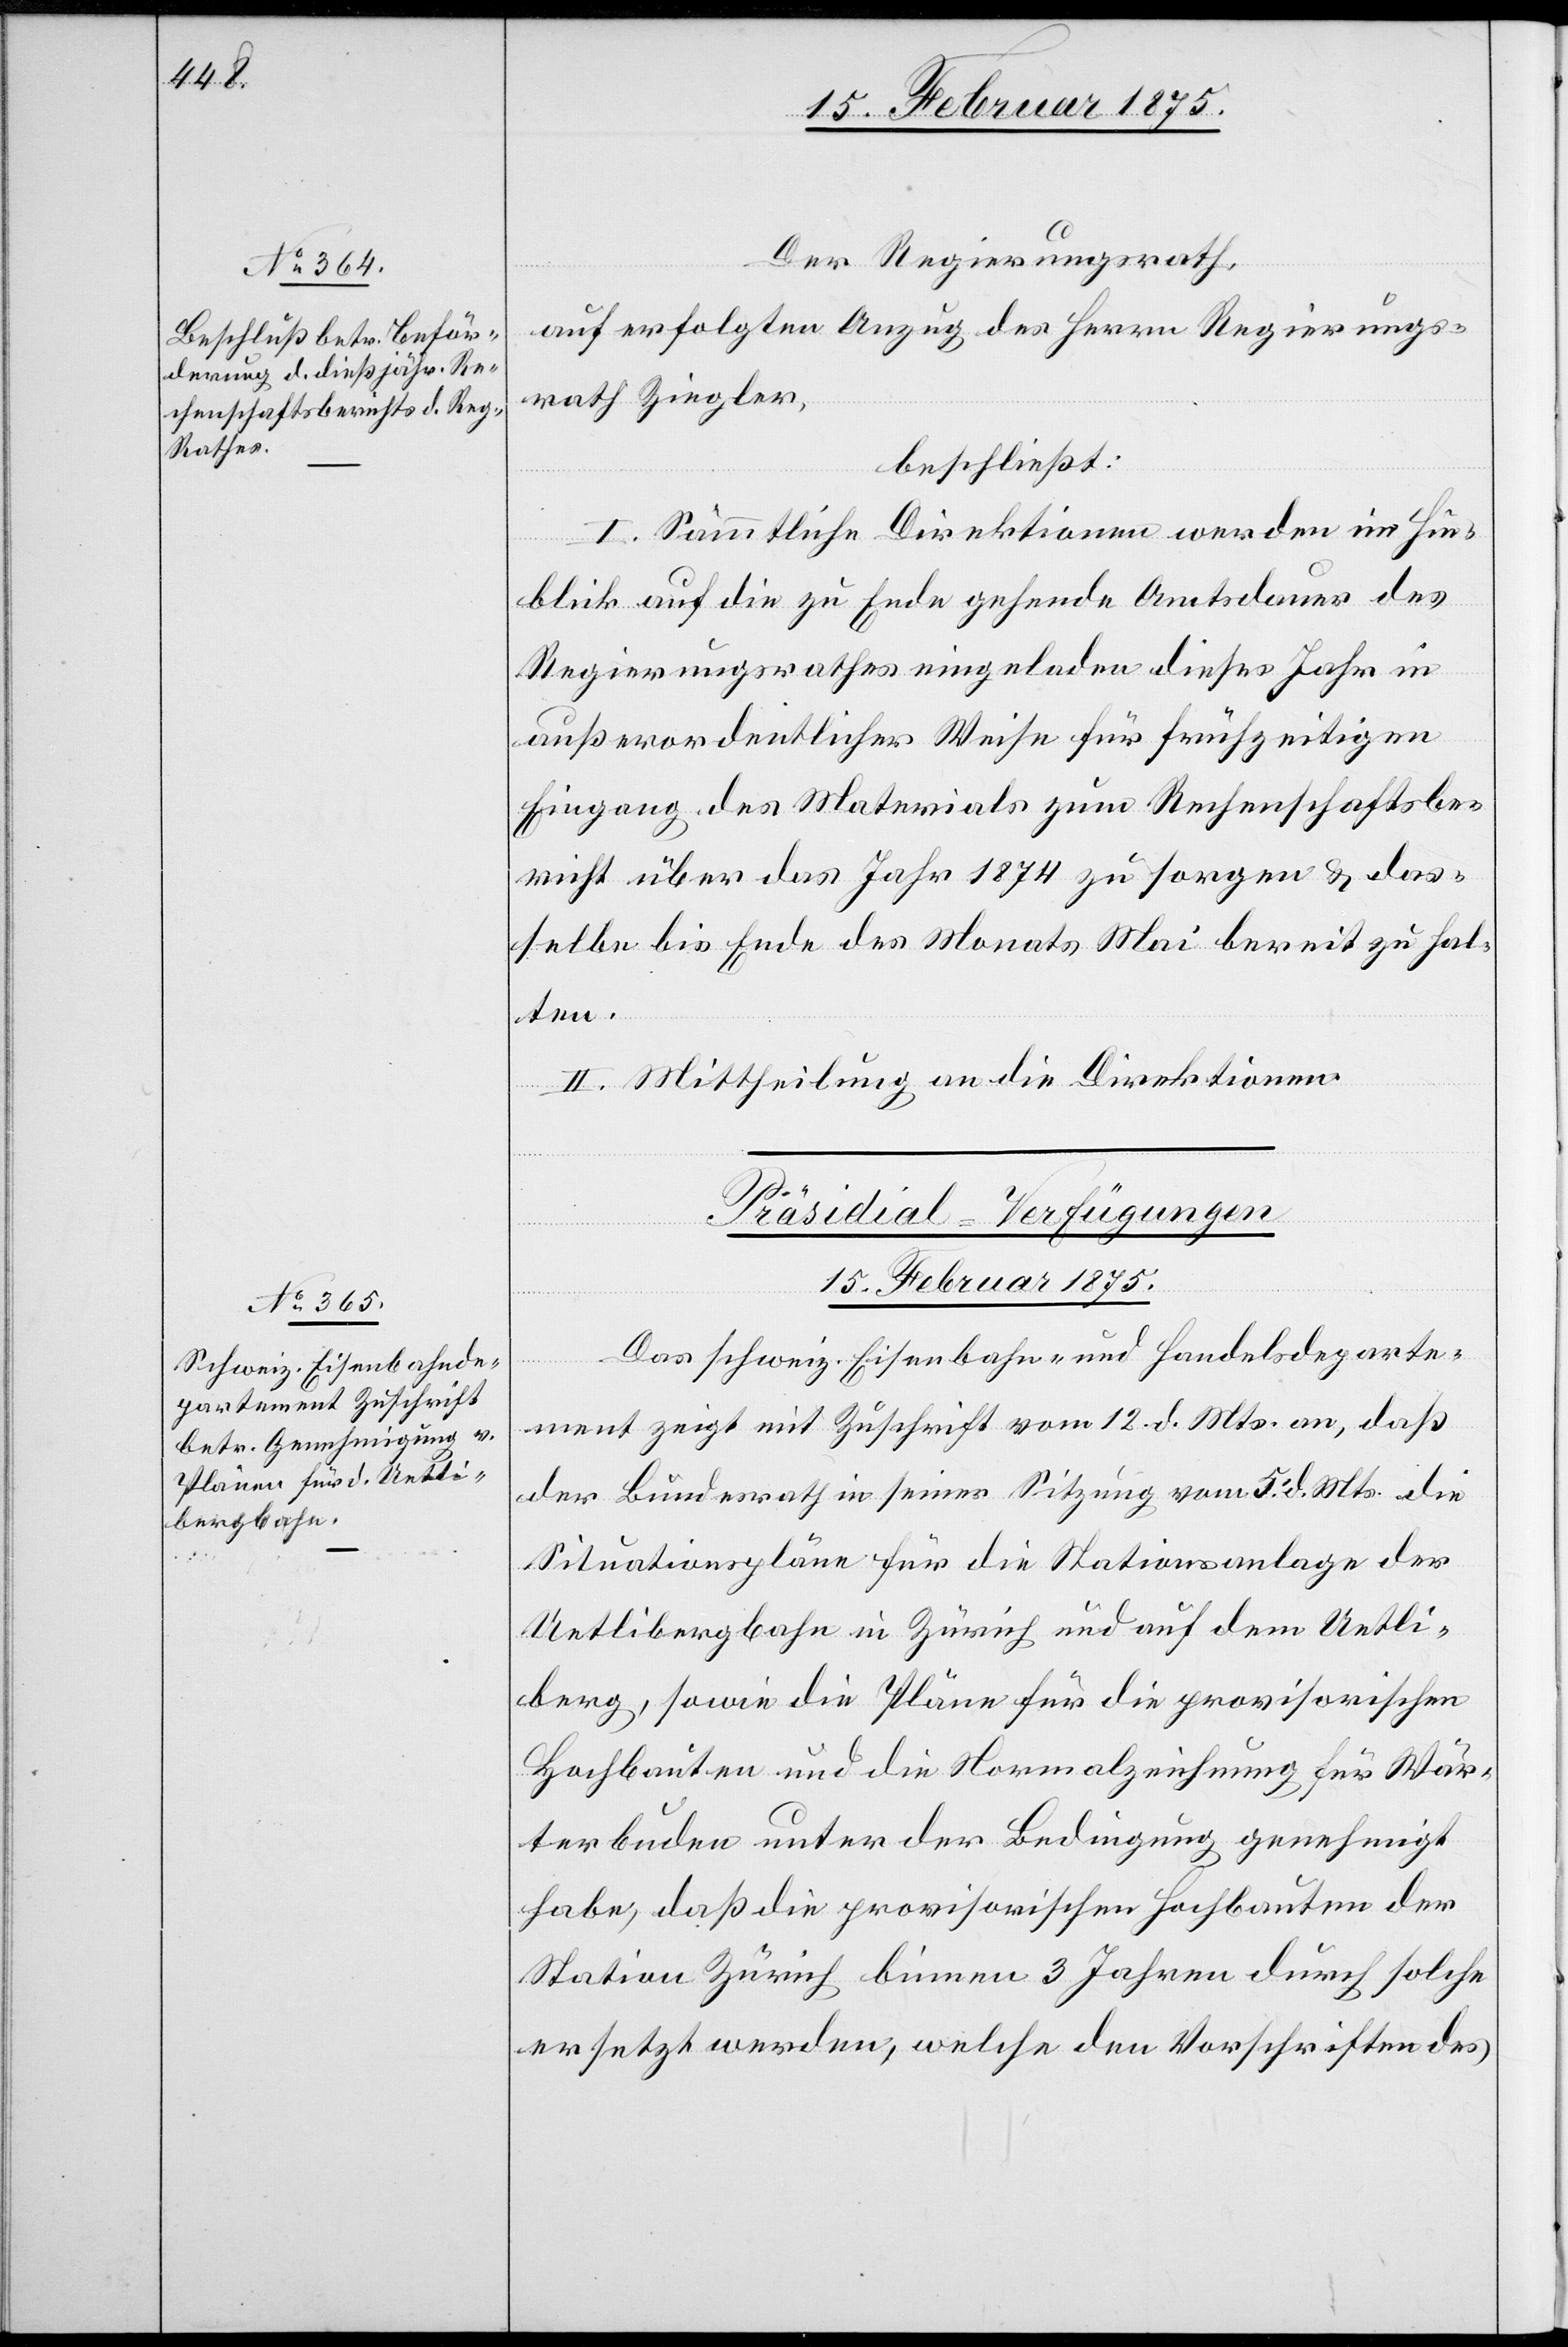
Der Regierungsrath,
auf erfolgten Anzug des Herrn Regierungs¬
rath Ziegler,
beschließt:
I. Sämmtliche Direktionen werden im Hin¬
blick auf die zu Ende gehende Amtsdauer des
Regierungsrathes eingeladen dieses Jahr in
außerordentlicher Weise für frühzeitigen
Eingang des Materials zum Rechenschaftsbe¬
richt über das Jahr 1874 zu sorgen & das¬
selbe bis Ende des Monats Mai bereit zu hal¬
ten.
II. Mittheilung an die Direktionen.
Präsidial-Verfügungen
15. Februar 1875.
Das schweiz. Eisenbahn- und Handelsdeparte¬
ment zeigt mit Zuschrift vom 12. d. Mts. an, daß
der Bundesrath in seiner Sitzung vom 5. d. Mts die
Situationspläne für die Stationsanlage der
Uetlibergbahn in Zürich und auf dem Uetli¬
berg, sowie die Pläne für die provisorischen
Hochbauten und die Normalzeichnung für Wär¬
terbuden unter der Bedingung genehmigt
habe, daß die provisorischen Hochbauten der
Station Zürich binnen 3 Jahren durch solche
ersetzt werden, welche den Vorschriften des